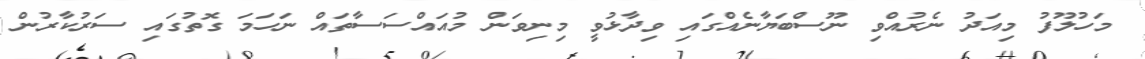
މަހުލޫފު މިއަދު ނެރުއްވި ނޫސްބަޔާނެއްގައި ވިދާޅުވީ މިނިވަން މުއައްސަސާތައް ނަހަމަ ގޮތުގައި ސަރުކާރުން